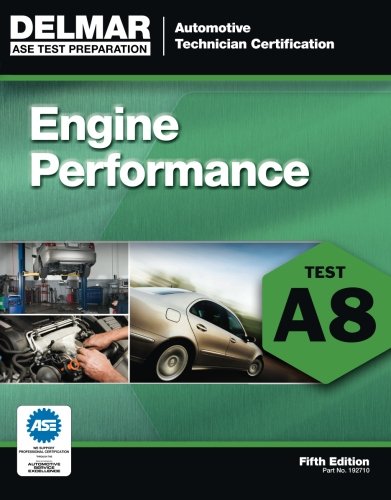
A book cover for ASE Test Preparation - A8 Engine Performance (Delmar Learning's Ase Test Prep Series); Cengage Learning Delmar; Test Preparation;